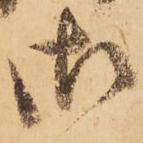
御